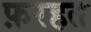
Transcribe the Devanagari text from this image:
फ़रहत